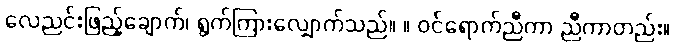
လေညင်းဖြည့်ချောက်၊ ရွက်ကြားလျှောက်သည်။ ။ ဝင်ရောက်ညီကာ ညီကာတည်း။